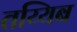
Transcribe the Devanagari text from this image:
तय्यिब